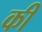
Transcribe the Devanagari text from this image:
की